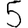
Digit: 5